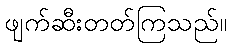
ဖျက်ဆီးတတ်ကြသည်။